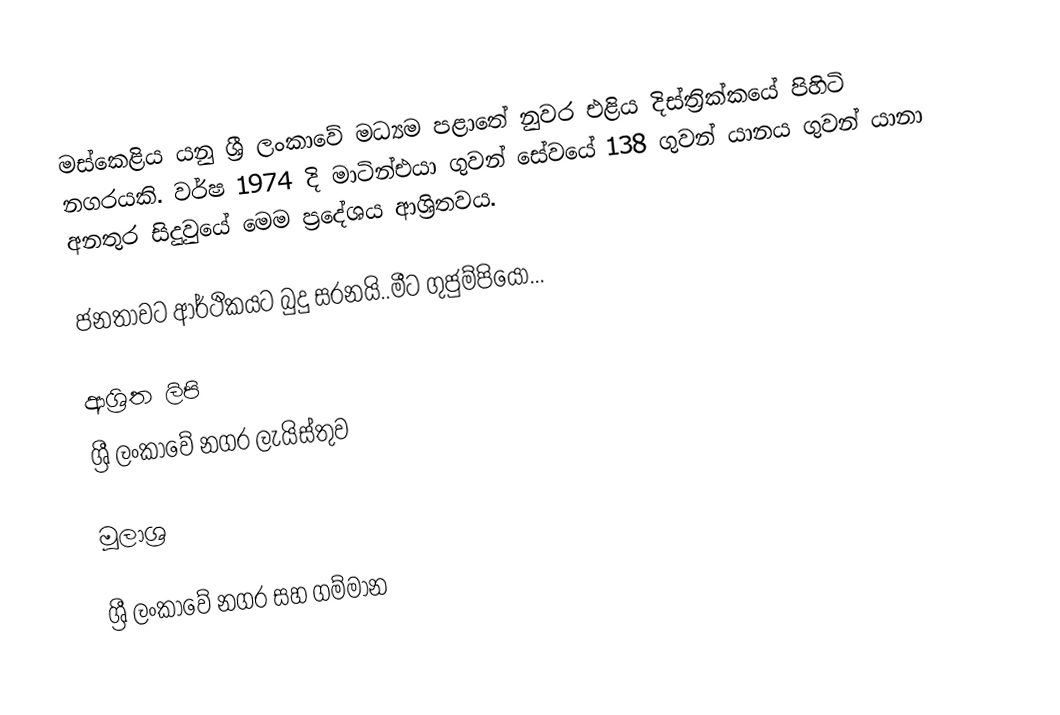
මස්කෙළිය යනු ශ්‍රී ලංකාවේ මධ්‍යම පළාතේ නුවර එළිය දිස්ත්‍රික්කයේ පිහිටි නගරයකි. වර්ෂ 1974 දි  මාටින්එයා ගුවන් සේවයේ 138 ගුවන් යානය ගුවන් යානා අනතුර සිදුවුයේ මෙම ප්‍රදේශය ආශ්‍රිතවය.

ජනතාවට ආර්ථිකයට බුදු සරනයි..මීට ගුජුම්පියෝ...

ආශ්‍රිත ලිපි
ශ්‍රී ලංකාවේ නගර ලැයිස්තුව

මූලාශ්‍ර

ශ්‍රී ලංකාවේ නගර සහ ගම්මාන